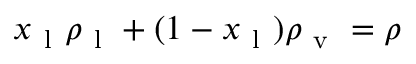
x _ { \mathrm { ~ l ~ } } \rho _ { \mathrm { ~ l ~ } } + ( 1 - x _ { \mathrm { ~ l ~ } } ) \rho _ { \mathrm { ~ v ~ } } = \rho